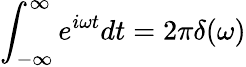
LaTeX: \int_{-\infty}^{\infty}e^{i\omega t}dt=2\pi\delta(\omega)